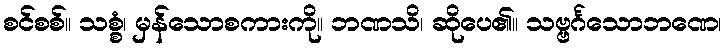
စင်စစ်။ သစ္စံ၊ မှန်သောစကားကို။ ဘဏသိ၊ ဆိုပေ၏။ သဗ္ဗင်္ဂသောဘဏေ၊